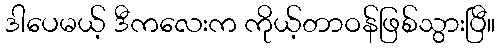
ဒါပေမယ့် ဒီကလေးက ကိုယ့်တာဝန်ဖြစ်သွားပြီ။